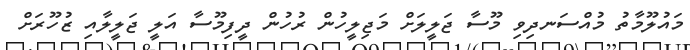
މައުލޫމާތު މުއްސަނދިވި މޫސާ ޖަލީލަށް މަޖިލީހުން ރުހުން ދީފިމޫސާ އަލީ ޖަލީލާއި ޒުހޫރަށް